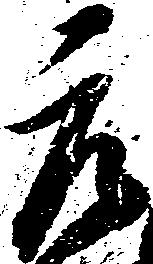
元